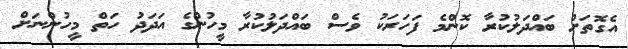
އެގޮތަށް ބައްދަލުކުރާ ކޮންމެ ފަހަރަކު ވެސް ބައްދަލުކުރާ މީހުންގެ އަދަދު ހަތް މީހުންނަށް